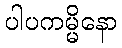
ပါပကမ္မိနော